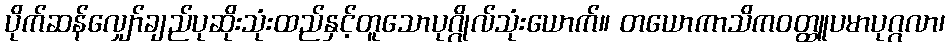
ပိုက်ဆန်လျှော်ချည်ပုဆိုးသုံးထည်နှင့်တူသောပုဂ္ဂိုလ်သုံးယောက်။ တယောကာသိကဝတ္ထူပမာပုဂ္ဂလာ၊